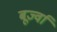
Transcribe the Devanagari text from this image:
बूर्ज्वा